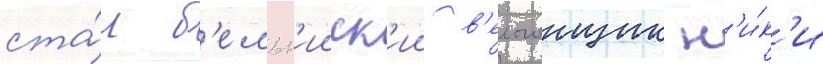
ста́л б'ельг'ииск'ии в'елогонщик н'и́к'и